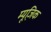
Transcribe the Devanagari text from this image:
म्यूजि़क